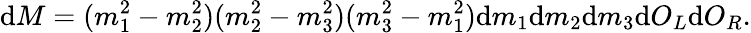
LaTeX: \mathrm{d}M=(m_{1}^{2}-m_{2}^{2})(m_{2}^{2}-m_{3}^{2})(m_{3}^{2}-m_{1}^{2})\mathrm{d}m_{1}\mathrm{d}m_{2}\mathrm{d}m_{3}\mathrm{d}O_{L}\mathrm{d}O_{R}.